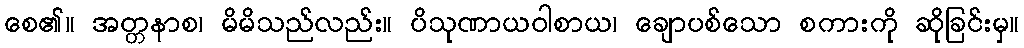
စေ၏။ အတ္တနာစ၊ မိမိသည်လည်း။ ပိသုဏာယဝါစာယ၊ ချောပစ်သော စကားကို ဆိုခြင်းမှ။